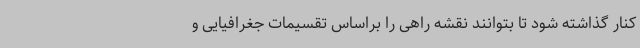
کنار گذاشته شود تا بتوانند نقشه راهی را براساس تقسیمات جغرافیایی و